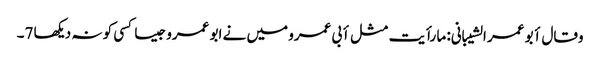
وقال أبو عمر الشیبانی: ما رأیت مثل أبی عمرو میں نے ابو عمرو جیسا کسی کو نہ دیکھا 7۔